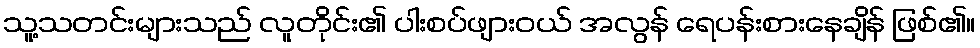
သူ့သတင်းများသည် လူတိုင်း၏ ပါးစပ်ဖျားဝယ် အလွန် ရေပန်းစားနေချိန် ဖြစ်၏။